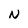
Character: N